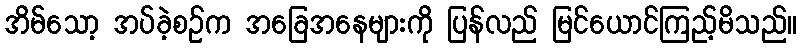
အိမ်သော့ အပ်ခဲ့စဉ်က အခြေအနေများကို ပြန်လည် မြင်ယောင်ကြည့်မိသည်။